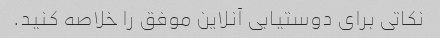
نکاتی برای دوستیابی آنلاین موفق را خلاصه کنید.